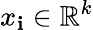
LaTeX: x_{\mathbf{i}}\in\mathbb{{R}}^{k}